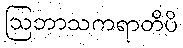
ဩဘာသကရာတိပိ